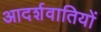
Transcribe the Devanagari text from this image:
आदर्शवातियों